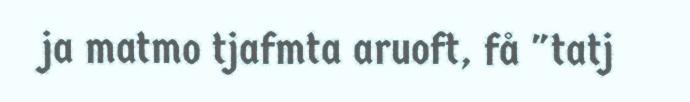
ja matmo tjafmta aruoft, få "tatj